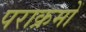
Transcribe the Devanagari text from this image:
पराक्रमों